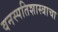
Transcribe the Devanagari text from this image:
वनस्पतिशास्त्राचा